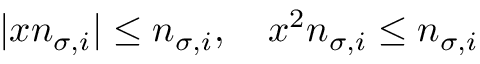
\begin{array} { r } { | x n _ { \sigma , i } | \leq n _ { \sigma , i } , \quad x ^ { 2 } n _ { \sigma , i } \leq n _ { \sigma , i } } \end{array}